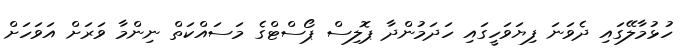
ހުޅުމާލޭގައި ދެވަނަ ފިޔަވަހީގައި ހަދަމުންދާ ޕޮލިސް ޕޯސްޓްގެ މަސައްކަތް ނިންމާ ވަރަށް އަވަހަށް